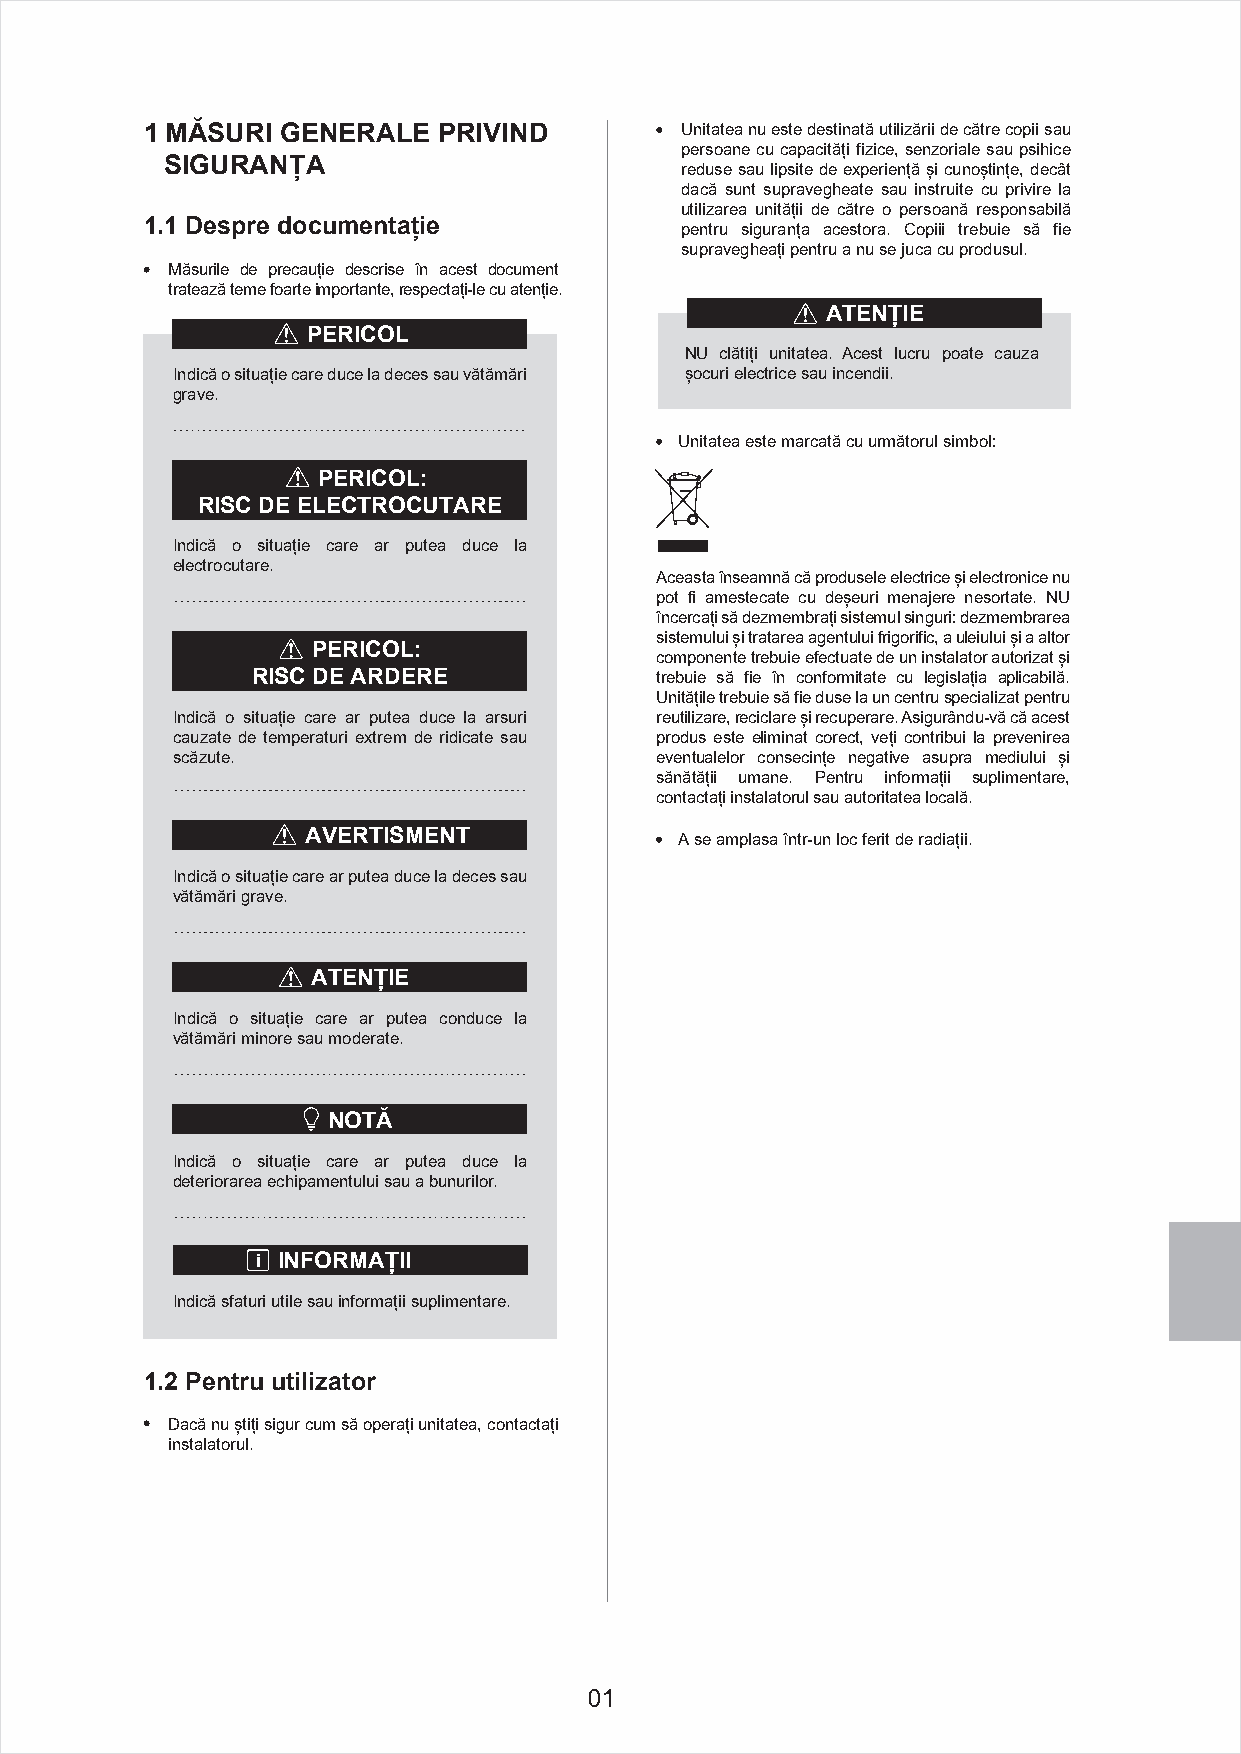
1 MĂSURI GENERALE  PRIVIND         Unitatea nu este destinată utilizării de către copii sau
 persoane cu capacități fizice, senzoriale sau psihice
 SIGURANȚA                         reduse sau lipsite de experiență și cunoștințe, decât
 dacă sunt supravegheate sau instruite cu privire la
 utilizarea unității de către o persoană responsabilă
 1.1 Despre documentație            pentru siguranța acestora. Copiii trebuie să fie
 supravegheați pentru a nu se juca cu produsul.
 Măsurile de precauție descrise în acest document
 tratează teme foarte importante, respectați-le cu atenție.
 ATENȚIE
 PERICOL
 NU clătiți unitatea. Acest lucru poate cauza
 Indică o situație care duce la deces sau vătămări șocuri electrice sau incendii.
 grave.
 Unitatea este marcată cu următorul simbol:
 PERICOL:
 RISC DE ELECTROCUTARE
 Indică o situație care ar putea duce la
 electrocutare.
 Aceasta înseamnă că produsele electrice și electronice nu
 pot fi amestecate cu deșeuri menajere nesortate. NU
 încercați să dezmembrați sistemul singuri: dezmembrarea
 sistemului și tratarea agentului frigorific, a uleiului și a altor
 PERICOL:
 componente trebuie efectuate de un instalator autorizat și
 RISC DE ARDERE            trebuie să fie în conformitate cu legislația aplicabilă.
 Unitățile trebuie să fie duse la un centru specializat pentru
 Indică o situație care ar putea duce la arsuri reutilizare, reciclare și recuperare. Asigurându-vă că acest
 cauzate de temperaturi extrem de ridicate sau produs este eliminat corect, veți contribui la prevenirea
 scăzute.                        eventualelor consecințe negative asupra mediului și
 sănătății umane. Pentru informații suplimentare,
 contactați instalatorul sau autoritatea locală.
 AVERTISMENT              A se amplasa într-un loc ferit de radiații.
 Indică o situație care ar putea duce la deces sau
 vătămări grave.
 ATENȚIE
 Indică o situație care ar putea conduce la
 vătămări minore sau moderate.
 NOTĂ
 Indică o situație care ar putea duce la
 deteriorarea echipamentului sau a bunurilor.
 i INFORMAȚII
 Indică sfaturi utile sau informații suplimentare.
 1.2 Pentru utilizator
 Dacă nu știți sigur cum să operați unitatea, contactați
 instalatorul.